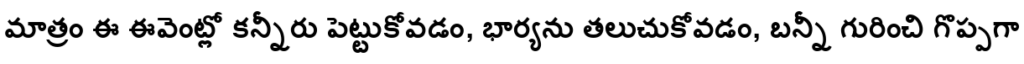
మాత్రం ఈ ఈవెంట్లో కన్నీరు పెట్టుకోవడం, భార్యను తలుచుకోవడం, బన్నీ గురించి గొప్పగా